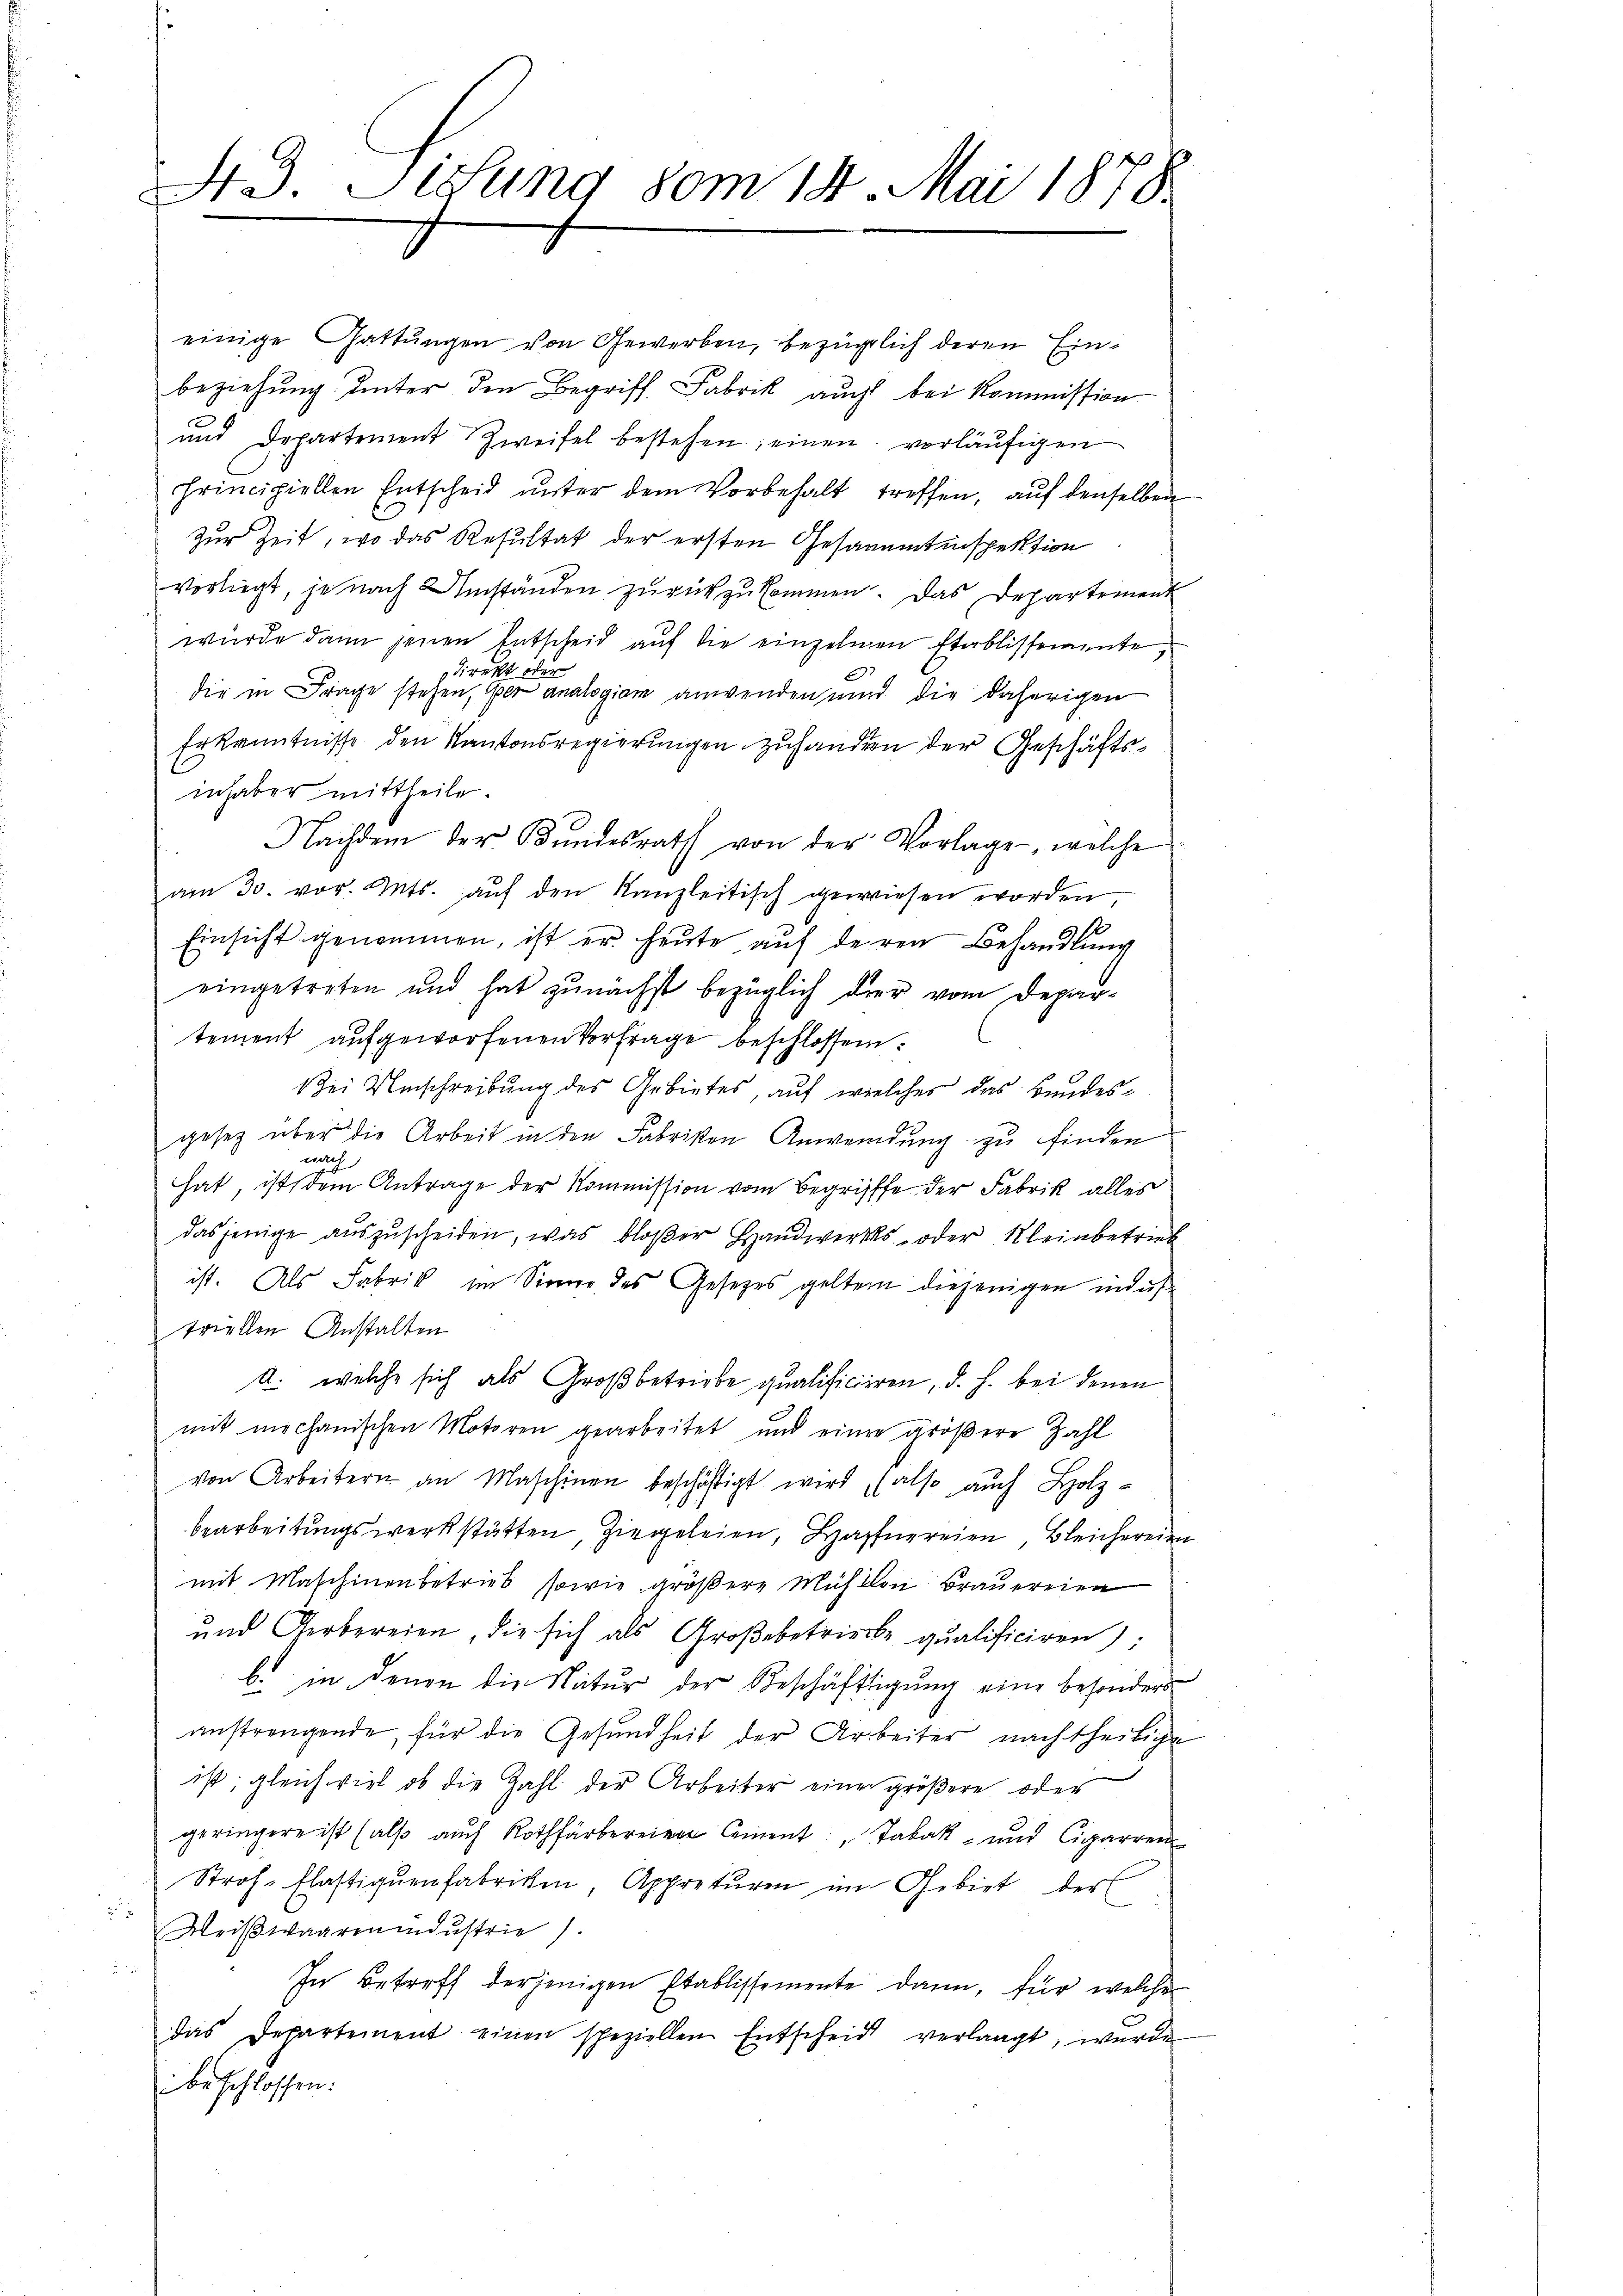
einige Gattungen von Gewerben, bezüglich deren Einbeziehung unter den Begriff Fabrik auch bei Kommission
und Departement Zweifel bestehen; einen vorläufigen
principiellen Entscheid ŭnter dem Vorbehalt treffen, aŭf denselben
Zur Zeit, wo das Resultat der ersten Gesammtinspektion
vorliegt, je nach Umständen zurückzukommen. Das Departement
wurde dann jenen Entscheid auf die einzelnen Etablissemente,
direkt oder
die in Frage stehen, der analogiam anwenden wird die daherigen
Erkenntnisse den Kantonsregierungen zuhanden der Geschäftsinhaber mittheile.
Nachdem der Bŭndesrath von der Vorlage, welche
am 30. vor. Mts. aŭf den Kanzleitisch gewiesen worden
1
Einsicht genommen, ist er heute auf deren Behandlung
eingetreten und hat zunächst bezüglich der vom Departement aufgeworfenen Vorfrage beschlossen:
Zei Umschreibung des Gebietes, auf welches das Bundesgesez über die Arbeit in den Fabristen Anwendung zu finden
nach
hat, ist dem Antrage der Kommission vom Begrifffe der Fabrik alles
dasjenige auszuscheiden, was bloßer Handwerks- oder Kleinbetrieb
ist. Als Fabrik im Sinne des Gesetzes geltem diejenigen indus
triellen Anstalten
a. welche sich als Großbetriebe qualificieren, d. h. bei denen
mit mechanischen Motoren gearbeitet und einen größere Zahl
von Arbeitern an Maschinen beschäftigt wird, (also auch Holz-
bearbeitungswerkstätten, Ziegeleien, Hafnereien, Bleichereien
mit Maschinenbetries sowie größere Mühlen Brauereien
und Gerbereien, die sich als Groβebetrierte qualificiren):
b. in denen die Natur der Beschäftigung eine besonders
anstrengende, für die Gesundheit der Arbeiter nachtheilige
ist; gleich viel ob die Zahl der Arbeiter eine größere oder
geringere ist (als auch Rothfärberei Cement Tabak und Cigarren
Stroh- Elastiquenfabrichen, Appreturen im Gebiet der
" Weißwaarenindustrie).
In Betreff derjenigen Etablissemente dann, für welche
das Departement einen speziellen Entscheid verlangt, wurde
beschlossen:

Std. Listung vom 14. Mai 1878.